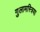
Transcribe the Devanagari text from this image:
गुलामस्त्रिया